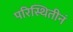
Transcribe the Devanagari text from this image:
परिस्थितीनं